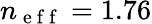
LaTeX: n_{\mathrm{~e~f~f~}}=1.76